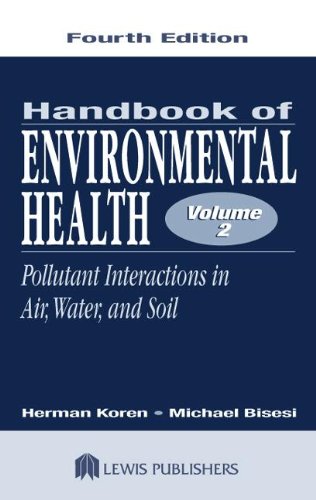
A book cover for Handbook of Environmental Health, Fourth Edition, Two Volume Set: Handbook of Environmental Health, Fourth Edition, Volume II: Pollutant Interactions ... (Handbook of Environmental Health Vol. 2); Herman Koren; Medical Books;